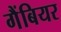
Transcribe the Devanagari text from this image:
गैंबियर